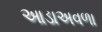
આડાઅવળા